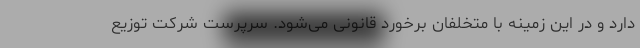
دارد و در این زمینه با متخلفان برخورد قانونی می‌شود. سرپرست شرکت توزیع